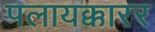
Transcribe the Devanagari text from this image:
पलायक्कारर